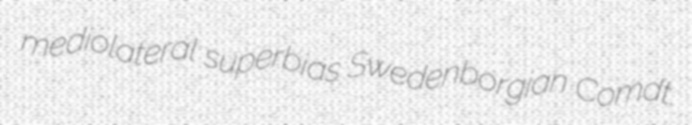
mediolateral superbias Swedenborgian Comdt.